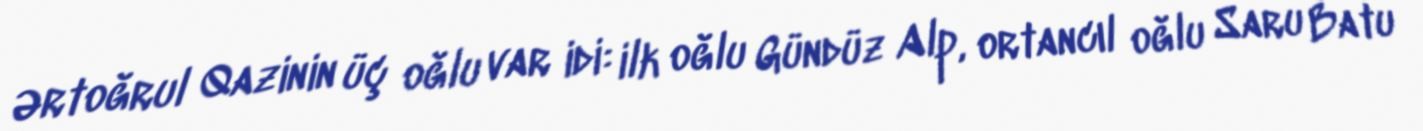
Ərtoğrul Qazinin üç oğlu var idi: ilk oğlu Gündüz Alp, ortancıl oğlu Saru Batu